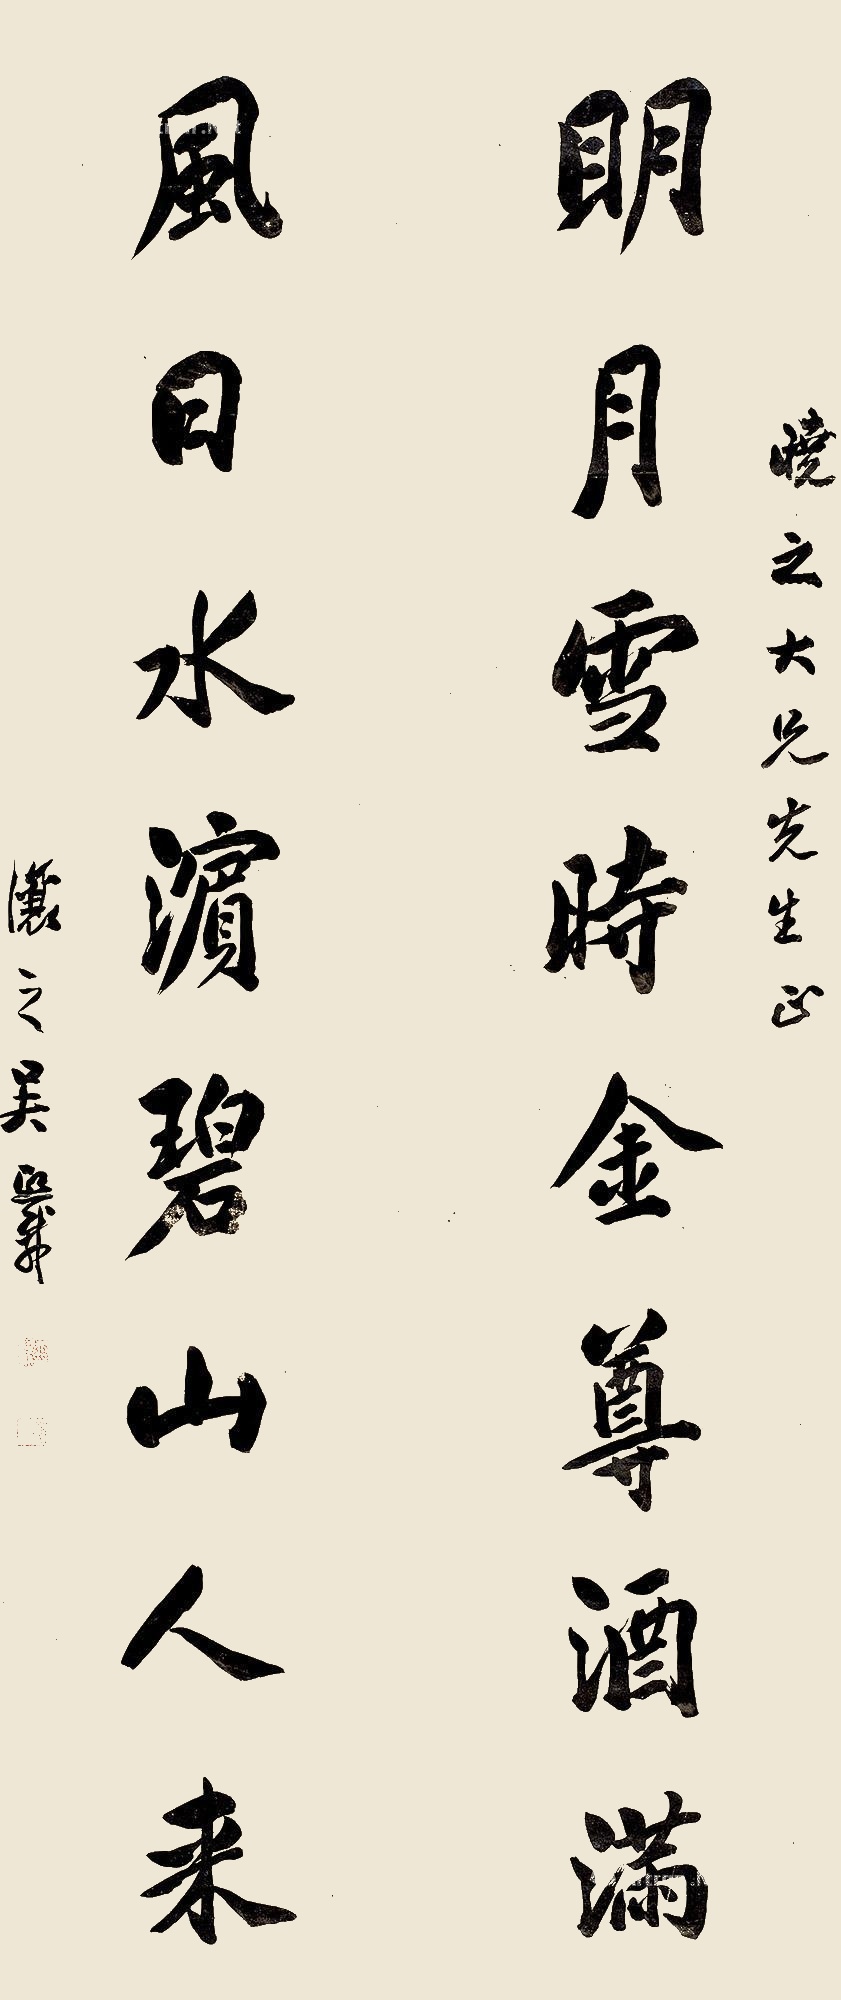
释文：明月雪时金樽酒满，风日水滨碧山人来。晓之大兄先生正，让之吴熙载。